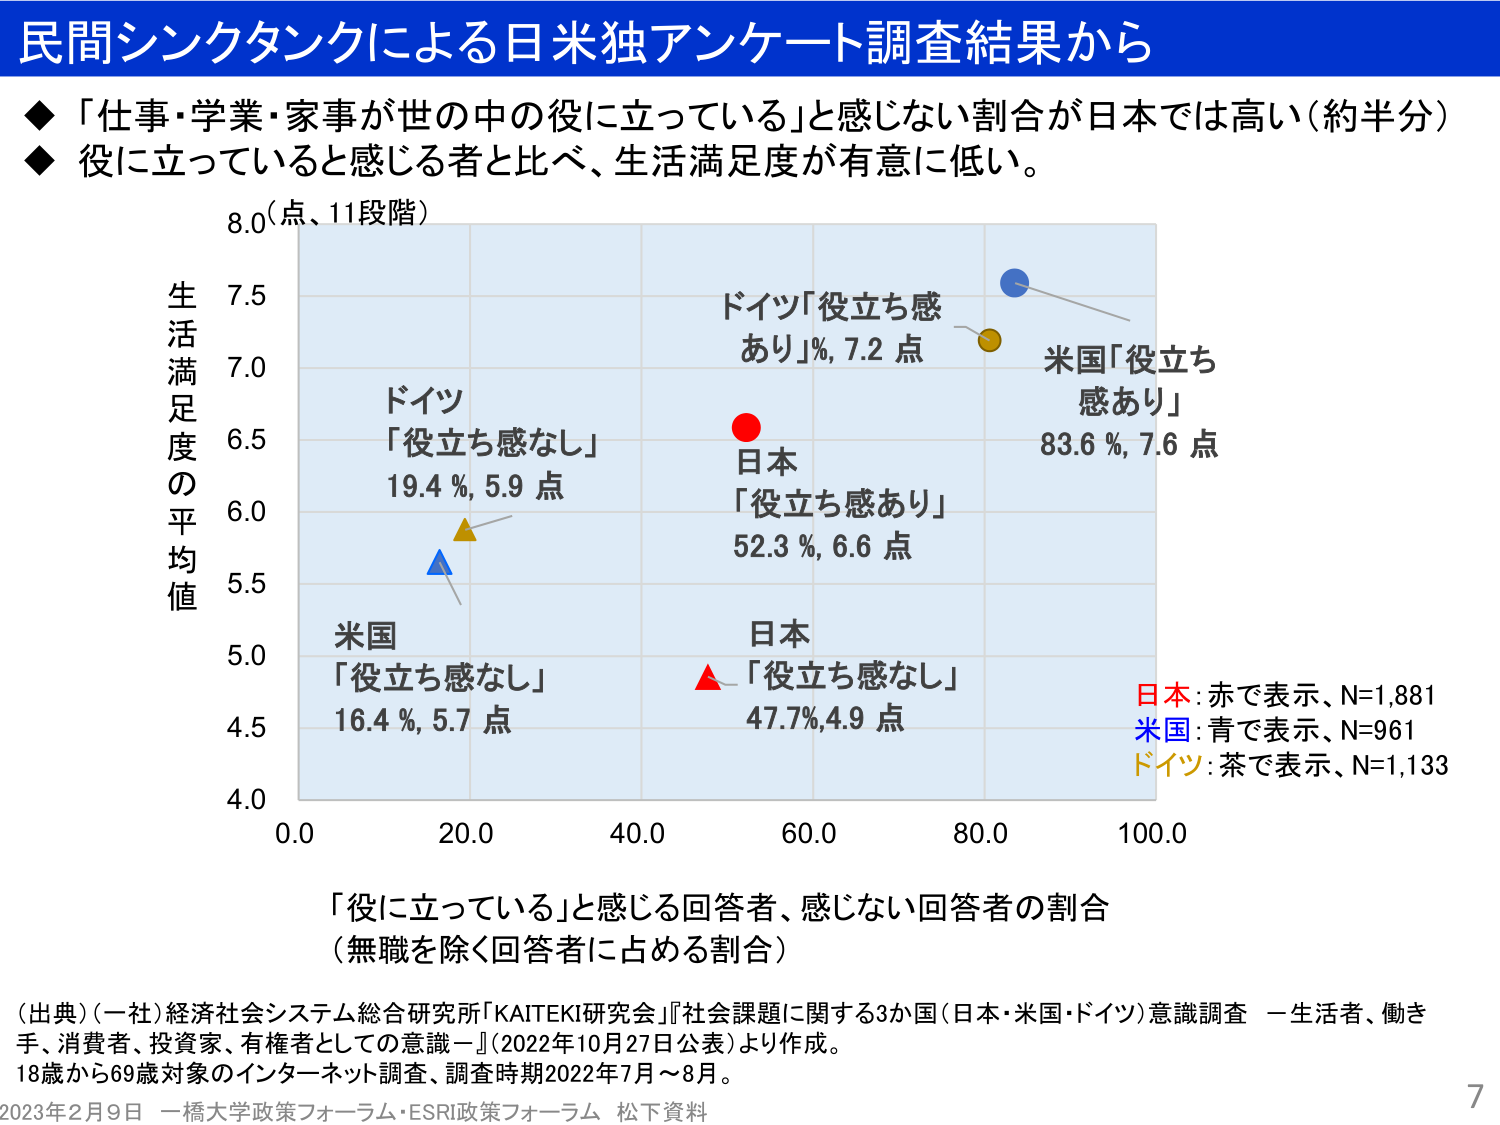
民間シンクタンクによる日米独アンケート調査結果から

◆「仕事・学業・家事が世の中の役に立っている」と感じない割合が日本では高い（約半分）
◆役に立っていると感じる者と比べ、生活満足度が有意に低い。

8.0（点、11段階）
生活満足度の平均値

ドイツ
「役立ち感なし」
19.4 %, 5.9 点

米国
「役立ち感なし」
16.4 %, 5.7 点

ドイツ「役立ち感あり」%, 7.2 点

日本
「役立ち感あり」
52.3 %, 6.6 点

日本「役立ち感なし」
47.7%, 4.9 点

米国「役立ち感あり」
83.6 %, 7.6 点

日本：赤で表示、N=1,881
米国：青で表示、N=961
ドイツ：茶で表示、N=1,133

「役に立っている」と感じる回答者、感じない回答者の割合
（無職を除く回答者に占める割合）

（出典）（一社）経済社会システム総合研究所「KAITEKI研究会」『社会課題に関する3か国（日本・米国・ドイツ）意識調査 —生活者、働き手、消費者、投資家、有権者としての意識—』（2022年10月27日公表）より作成。
18歳から69歳対象のインターネット調査、調査時期2022年7月～8月。

2023年2月9日 一橋大学政策フォーラム・ESRI政策フォーラム 松下資料

7